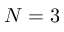
N = 3